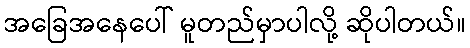
အခြေအနေပေါ် မူတည်မှာပါလို့ ဆိုပါတယ်။